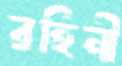
রহিনী